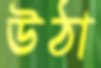
উঠা